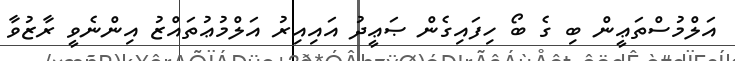
އަލްމުސްތަޢީން ބި ގެ ބޯ ހިފައިގެން ޞަޢީދު އައިއިރު އަލްމުޢުތައްޒު އިންނެވީ ރާޒުވާ